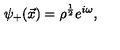
{ \psi } _ { + } ( \vec { x } ) = { \rho } ^ { \frac { 1 } { 2 } } e ^ { i \omega } ,